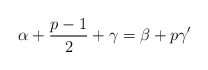
\begin{align*}{\alpha}+\frac{p-1}{2}+{\gamma}={\beta}+p{\gamma}'\end{align*}